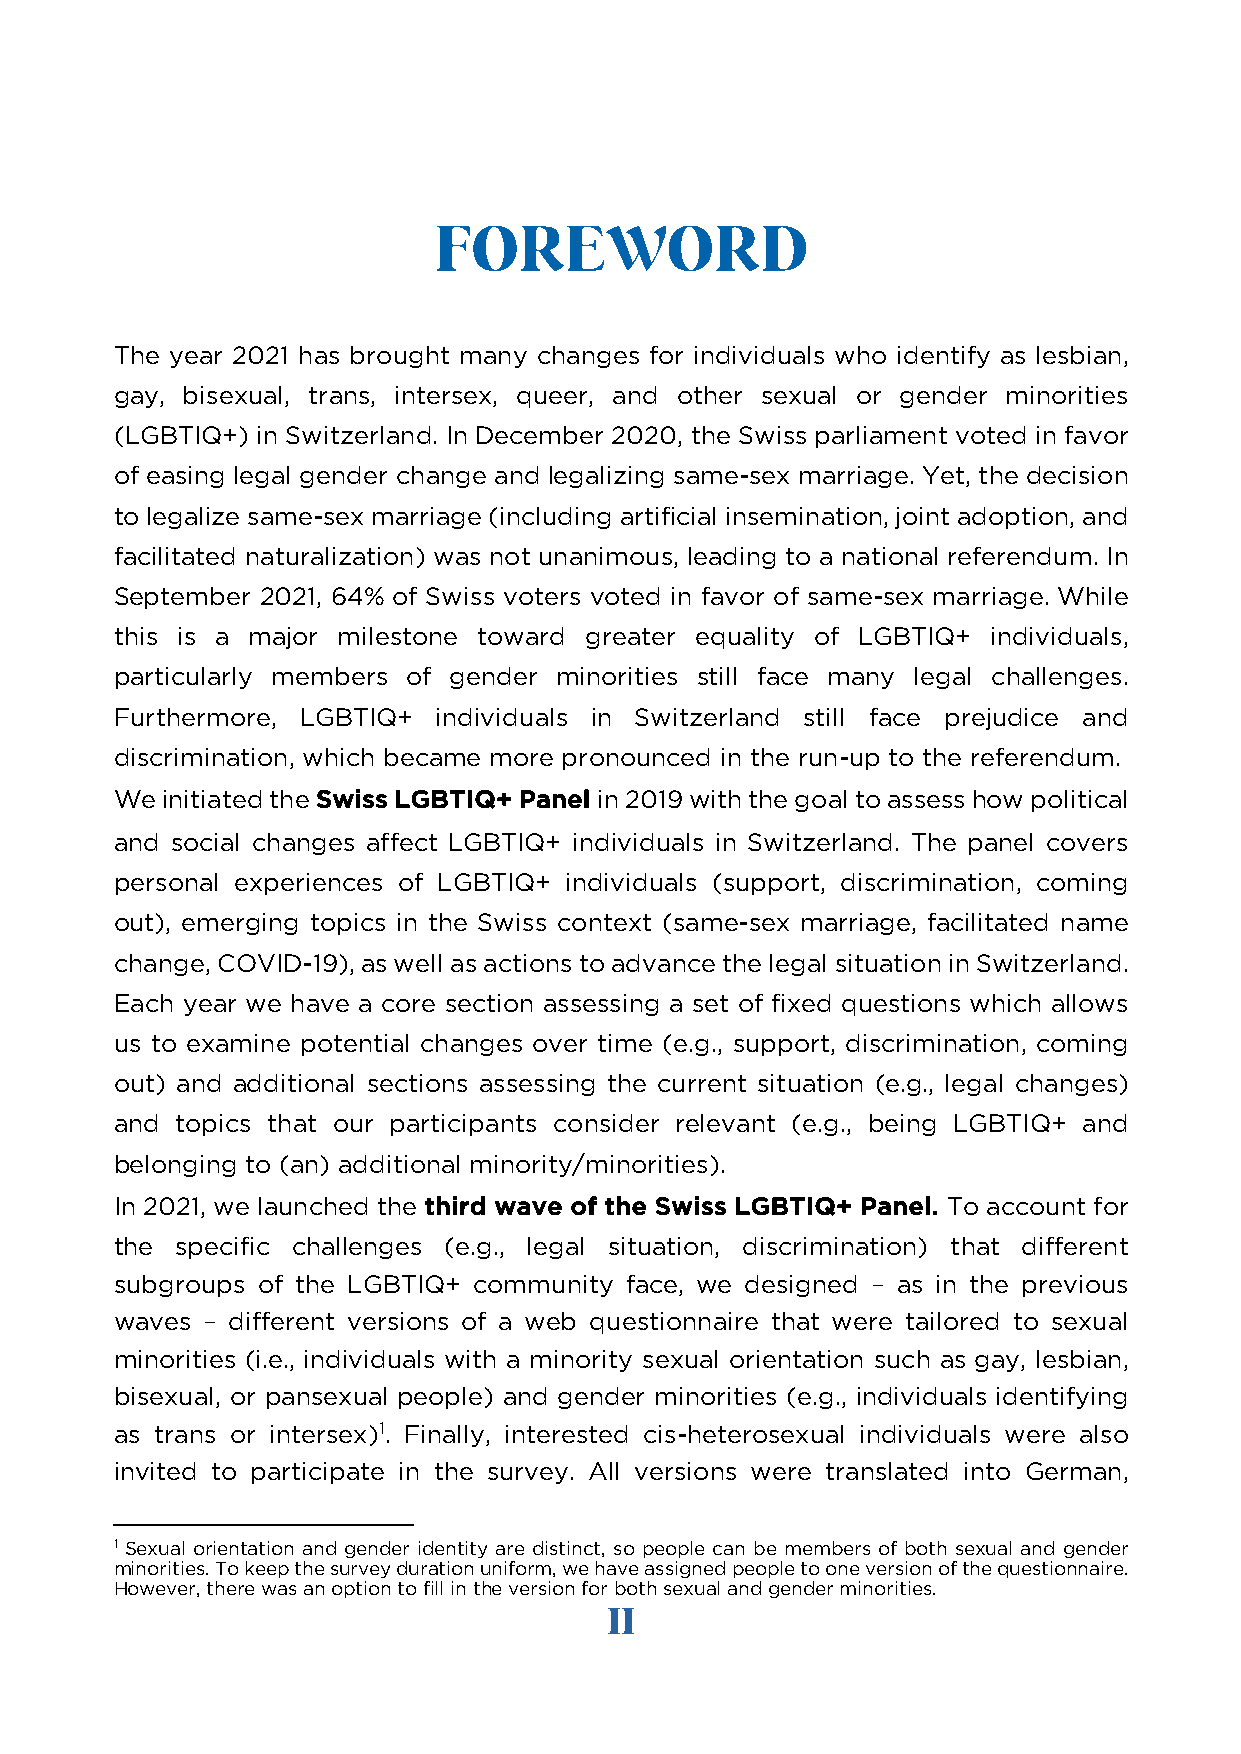
FOREWORD
 The year 2021 has brought many changes for individuals who identify as lesbian,
 gay, bisexual, trans, intersex, queer, and other sexual or gender minorities
 (LGBTIQ+) in Switzerland. In December 2020, the Swiss parliament voted in favor
 of easing legal gender change and legalizing same-sex marriage. Yet, the decision
 to legalize same-sex marriage (including artificial insemination, joint adoption, and
 facilitated naturalization) was not unanimous, leading to a national referendum. In
 September 2021, 64% of Swiss voters voted in favor of same-sex marriage. While
 this is a major milestone toward greater equality of LGBTIQ+ individuals,
 particularly members of gender minorities still face many legal challenges.
 Furthermore, LGBTIQ+ individuals in Switzerland still face prejudice and
 discrimination, which became more pronounced in the run-up to the referendum.
 We initiated the Swiss LGBTIQ+ Panel in 2019 with the goal to assess how political
 and social changes affect LGBTIQ+ individuals in Switzerland. The panel covers
 personal experiences of LGBTIQ+ individuals (support, discrimination, coming
 out), emerging topics in the Swiss context (same-sex marriage, facilitated name
 change, COVID-19), as well as actions to advance the legal situation in Switzerland.
 Each year we have a core section assessing a set of fixed questions which allows
 us to examine potential changes over time (e.g., support, discrimination, coming
 out) and additional sections assessing the current situation (e.g., legal changes)
 and topics that our participants consider relevant (e.g., being LGBTIQ+ and
 belonging to (an) additional minority/minorities).
 In 2021, we launched the third wave of the Swiss LGBTIQ+ Panel. To account for
 the specific challenges (e.g., legal situation, discrimination) that different
 subgroups of the LGBTIQ+ community face, we designed – as in the previous
 waves – different versions of a web questionnaire that were tailored to sexual
 minorities (i.e., individuals with a minority sexual orientation such as gay, lesbian,
 bisexual, or pansexual people) and gender minorities (e.g., individuals identifying
 as trans or intersex)1. Finally, interested cis-heterosexual individuals were also
 invited to participate in the survey. All versions were translated into German,
 1 Sexual orientation and gender identity are distinct, so people can be members of both sexual and gender
 minorities. To keep the survey duration uniform, we have assigned people to one version of the questionnaire.
 However, there was an option to fill in the version for both sexual and gender minorities.
 II